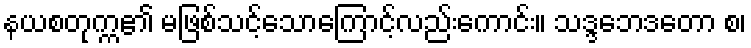
နယစတုက္က၏ မဖြစ်သင့်သောကြောင့်လည်းကောင်း။ သဒ္ဒဘေဒတော စ၊